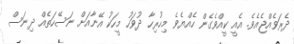
ދެރަވެއްޖެއެވެ. އެއީ ކީއްވެގެން ހެއްޔެވެ މިހުރިހާ ދުވަހު މީހަކު އޭނާއަށް ނަސޭހަތެއް ދިނަސް